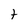
Character: t